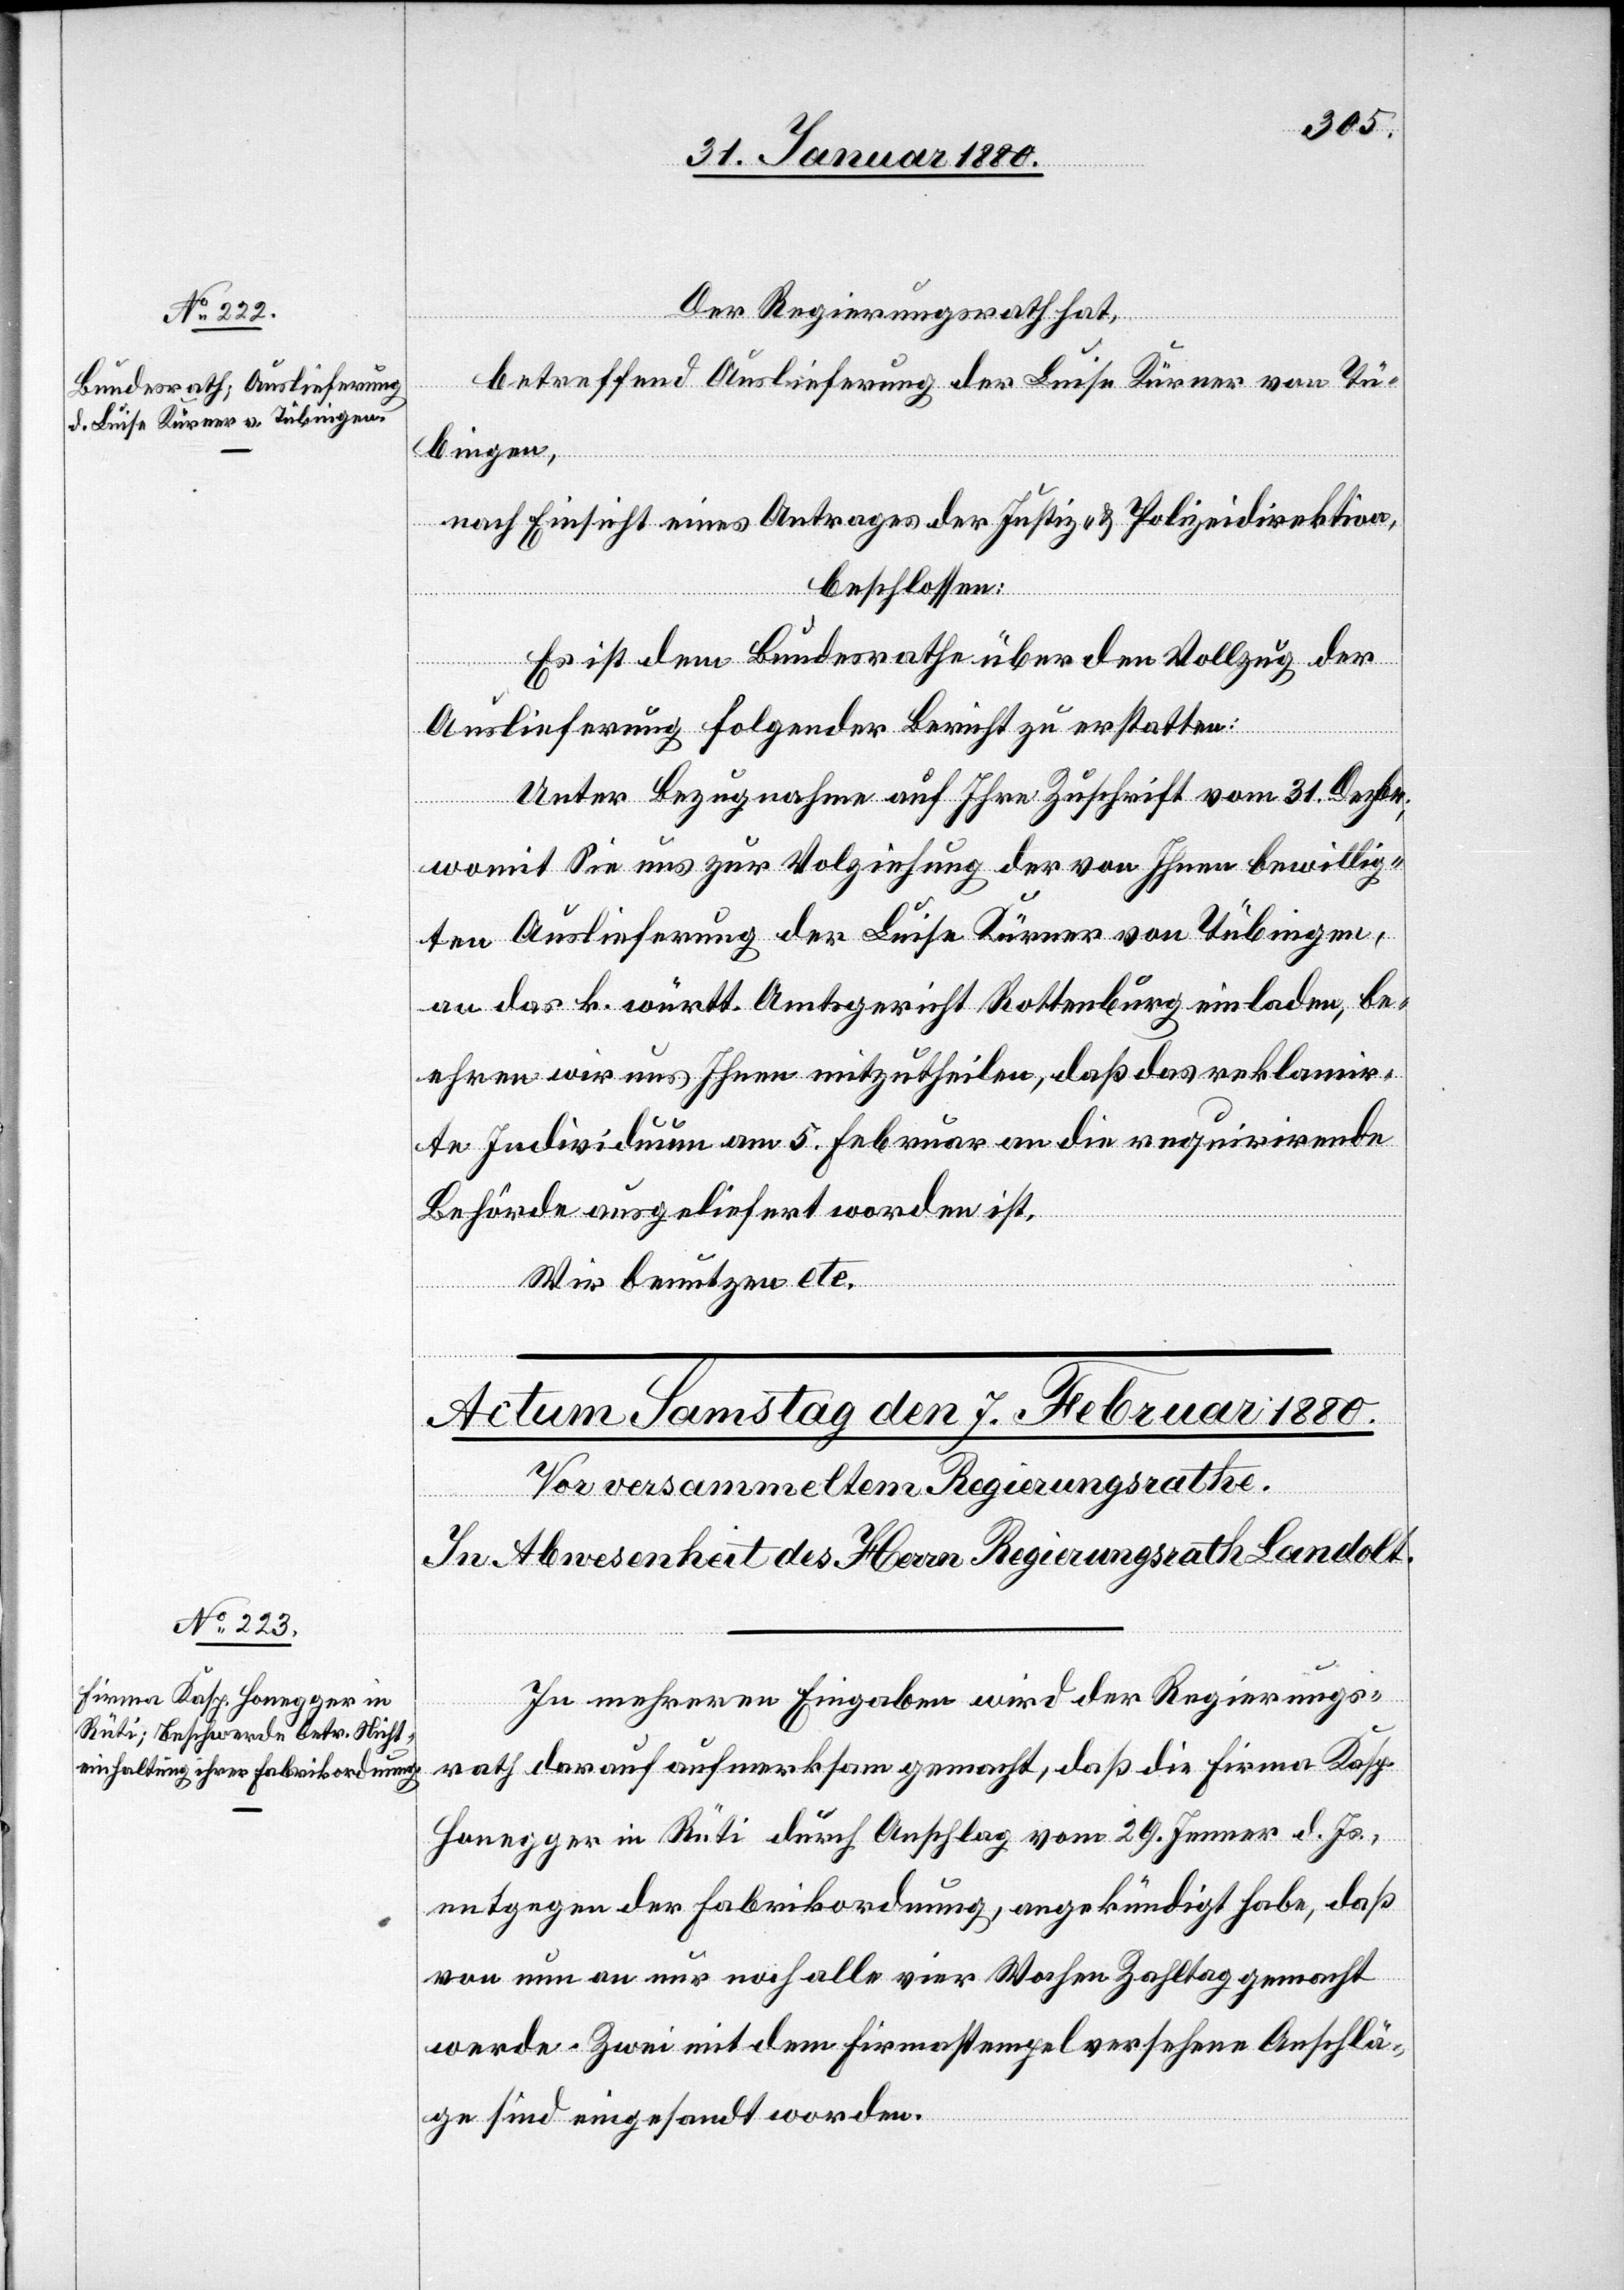
Der Regierungsrath hat,
betreffend Auslieferung der Luise Kürner von Tü¬
bingen,
nach Einsicht eines Antrages der Justiz- & Polizeidirektion,
beschlossen:
Es ist dem Bundesrathe über den Vollzug der
Auslieferung folgender Bericht zu erstatten:
Unter Bezugnahme auf Ihre Zuschrift vom 31. Dezbr.,
womit Sie uns zur Vol[l]ziehung der von Ihnen bewillig¬
ten Auslieferung der Luise Kürner von Tübingen,
an das k. württ. Amtsgericht Rottenburg einladen, be¬
ehren wir uns Ihnen mitzutheilen, daß das reklamir¬
te Individuum am 5. Februar an die requirirende
Behörde ausgeliefert worden ist.
Februar
Wir benutzen etc.
In mehreren Eingaben wird der Regierungs¬
rath darauf aufmerksam gemacht, daß die Firma Kasp.
Honegger in Rüti durch Anschlag vom 29. Jenner d. Js.,
entgegen der Fabrikordnung, angekündigt habe, daß
von nun an nur noch alle vier Wochen Zahltag gemacht
werde. Zwei mit dem Firmastempel versehene Anschlä¬
ge sind eingesandt worden.